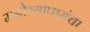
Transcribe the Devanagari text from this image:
मनोव्यापारांचा